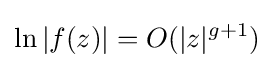
\ln |f(z)|=O(|z|^{g+1})